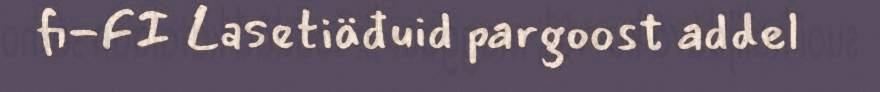
fi-FI Lasetiäđuid pargoost addel